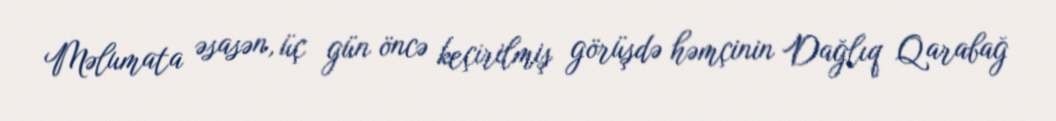
Məlumata əsasən, üç gün öncə keçirilmiş görüşdə həmçinin Dağlıq Qarabağ